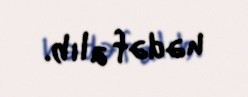
hədəf alıb.